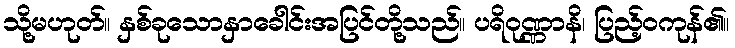
သို့မဟုတ်။ နှစ်ခုသောနှာခေါင်းအပြင်တို့သည်။ ပရိဝုဏ္ဏာနိ၊ ပြည့်ဝကုန်၏။